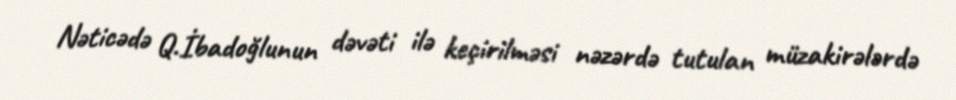
Nəticədə Q.İbadoğlunun dəvəti ilə keçirilməsi nəzərdə tutulan müzakirələrdə